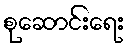
စုဆောင်းရေး